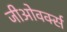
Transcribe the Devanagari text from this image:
जीओवर्क्स